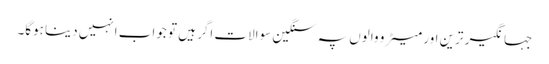
جہانگیر ترین اور میٹرو والوں پہ سنگین سوالات اگر ہیں تو جواب انہیں دینا ہوگا۔